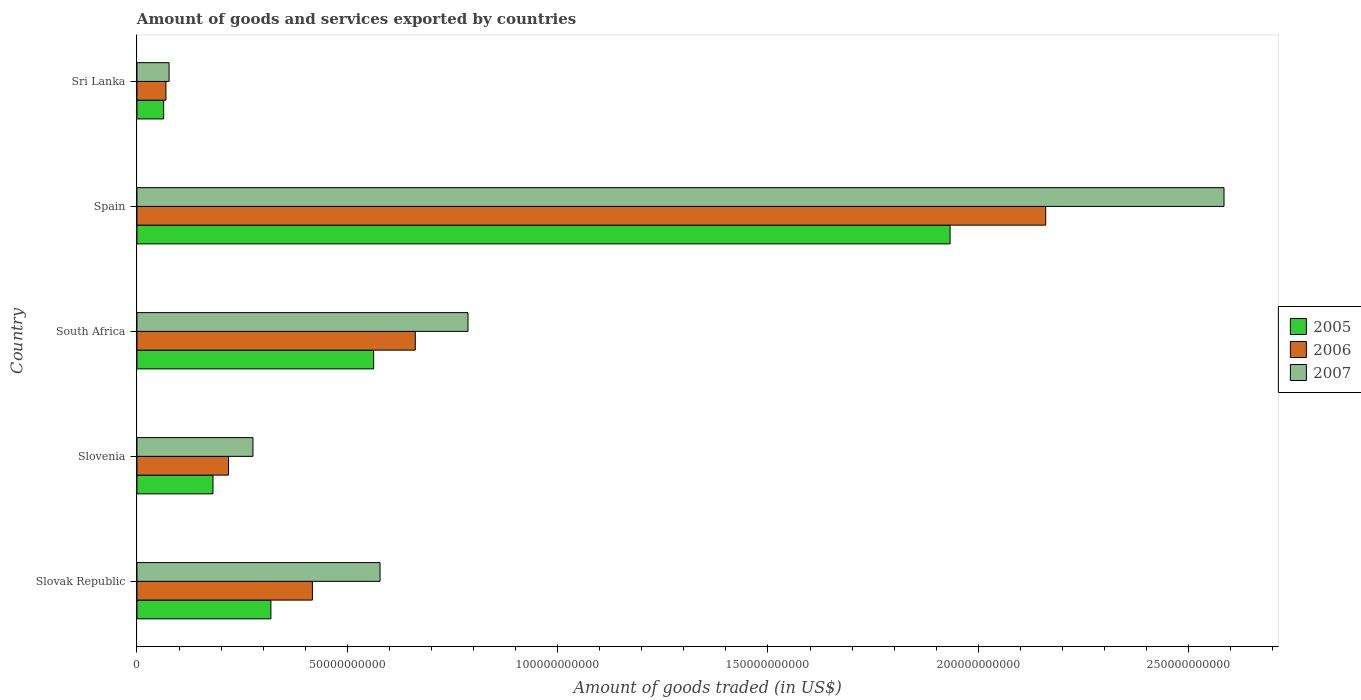
| Country | 2005 | 2006 | 2007 |
 | --- | --- | --- | --- |
 | Slovak Republic | 3.18e+10 | 4.17e+10 | 5.78e+10 |
 | Slovenia | 1.81e+10 | 2.18e+10 | 2.76e+10 |
 | South Africa | 5.63e+10 | 6.62e+10 | 7.87e+10 |
 | Spain | 1.93e+11 | 2.16e+11 | 2.58e+11 |
 | Sri Lanka | 6.35e+09 | 6.88e+09 | 7.64e+09 |